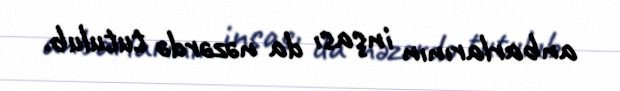
anbarlarının inşası da nəzərdə tutulub.